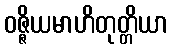
ဝဇ္ဇိယမာဟိတုတ္တိယာ